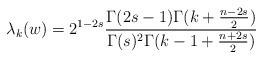
LaTeX: \begin{align*}\lambda_k(w)=2^{1-2s}\frac{\Gamma(2s-1)\Gamma(k+\tfrac{n-2s}{2})}{\Gamma(s)^2\Gamma(k-1+\tfrac{n+2s}{2})}\end{align*}